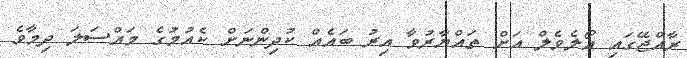
ރާއްޖޭގައި އޯލެވެލް އަށް ތައްޔާރުވާ އިރު ބައެއް ކުދިންނަށް ކެއުމުގެ މައްސަލަ ދިމާވެ